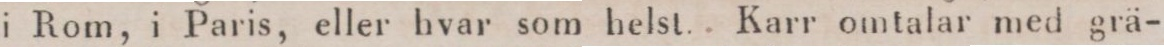
i Rom, i Paris, eller hvar som helst. Karr omtalar med grä-